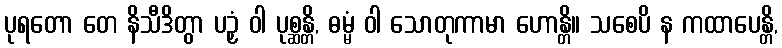
ပုရတော တေ နိသီဒိတွာ ပဉှံ ဝါ ပုစ္ဆန္တိ, ဓမ္မံ ဝါ သောတုကာမာ ဟောန္တိ။ သစေပိ န ကထာပေန္တိ,